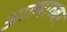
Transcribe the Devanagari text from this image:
आल्याव्बर